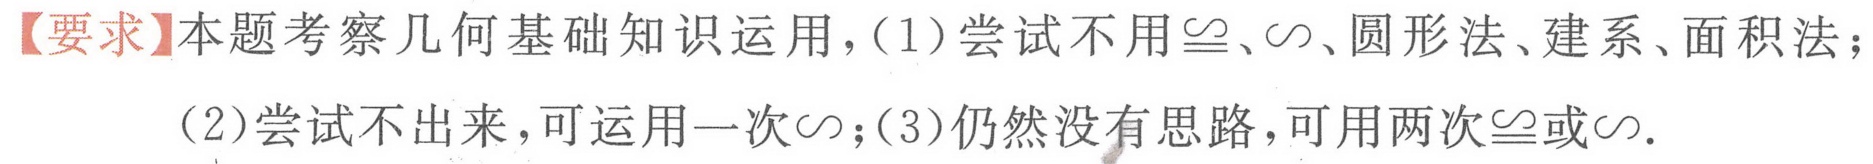
【要求】本题考察几何基础知识运用，(1)尝试不用$\cong$、$\backsim$、圆形法、建系、面积法；(2)尝试不出来，可运用一次$\backsim$；(3)仍然没有思路，可用两次$\cong$或$\backsim$.